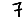
Digit: 7